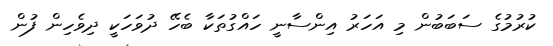
ކުރުމުގެ ސަބަބުން މި އަހަރު އިންސާނީ ހައްގުތަކާ ބެހޭ ދުވަހަކީ ދިވެހިން ފުން